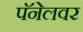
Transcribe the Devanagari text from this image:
पॅनेलवर